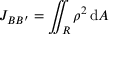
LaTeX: J _ { B B ^ { \prime } } = \iint _ { R } { \rho } ^ { 2 } \, \mathrm { d } A